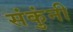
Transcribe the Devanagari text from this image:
संकुंनी